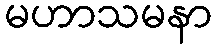
မဟာသမနာ